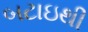
બટાઇથી